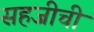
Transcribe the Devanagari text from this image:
सहजीची